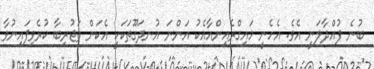
ބުނެ ފުއްދާލަނީ އެވެ. އެހެނީ މައިގްރެއިންއާއެކު އަންނަ އުނދަގޫތަކަކީ އެކަން ތަޖުރިބާ ކުރެވިފައިނުވާ